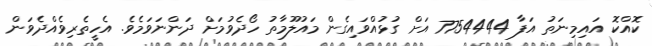
ކޮއްކޮ އައިމިނަތު އަފާ 7754444 އަށް ގުޅުއްވައިގެން މައުލޫމާތު ހޯދެވުމަށް ދަންނަވަމެވެ. އެހީތެރިވެއްދެވަން